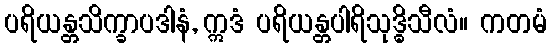
ပရိယန္တသိက္ခာပဒါနံ, ဣဒံ ပရိယန္တပါရိသုဒ္ဓိသီလံ။ ကတမံ